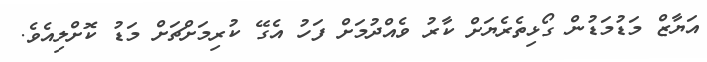
އަޔާޒް މަޑުމަޑުން ގޯޅިތެރެޔަށް ކާރު ވެއްދުމަށް ފަހު އެގޭ ކުރިމަށްޗަށް މަޑު ކޮށްލިއެވެ.